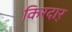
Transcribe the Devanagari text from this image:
किरदार्